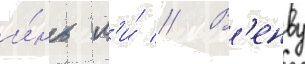
и́нь л'и́ // В'енву